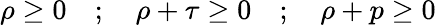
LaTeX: \rho\ge 0\quad;\quad\rho+\tau\ge 0\quad;\quad\rho+p\ge 0